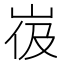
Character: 𰎙